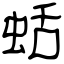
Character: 蛞